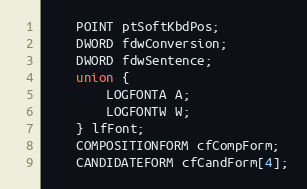
Language: C
    POINT ptSoftKbdPos;
    DWORD fdwConversion;
    DWORD fdwSentence;
    union {
        LOGFONTA A;
        LOGFONTW W;
    } lfFont;
    COMPOSITIONFORM cfCompForm;
    CANDIDATEFORM cfCandForm[4];